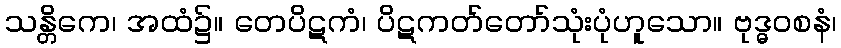
သန္တိကေ၊ အထံ၌။ တေပိဋကံ၊ ပိဋကတ်တော်သုံးပုံဟူသော။ ဗုဒ္ဓဝစနံ၊